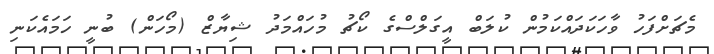
މެޗަށްފަހު ވާހަކަދައްކަމުން ކުލަބް އީގަލްސްގެ ކޯޗު މުހައްމަދު ޝިޔާޒް (މޯހަން) ބުނީ ހަމައެކަނި